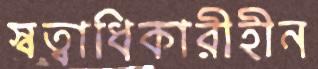
স্বত্বাধিকারীহীন